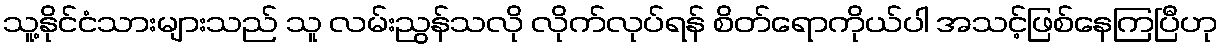
သူ့နိုင်ငံသားများသည် သူ လမ်းညွန်သလို လိုက်လုပ်ရန် စိတ်ရောကိုယ်ပါ အသင့်ဖြစ်နေကြပြီဟု